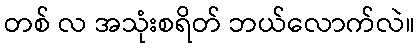
တစ် လ အသုံးစရိတ် ဘယ်လောက်လဲ။